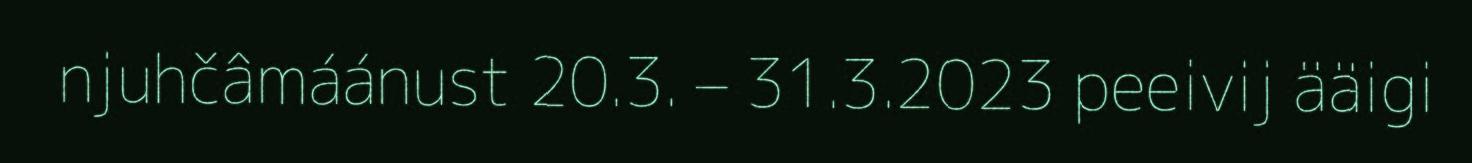
njuhčâmáánust 20.3. – 31.3.2023 peeivij ääigi